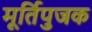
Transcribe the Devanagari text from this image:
मूर्तिपुजक